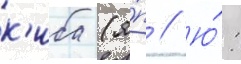
к'иба (я́п // Ю́: